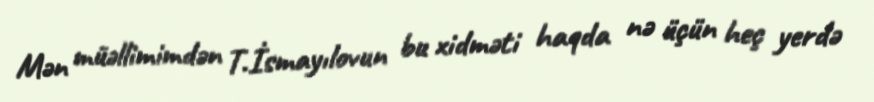
Mən müəllimimdən T.İsmayılovun bu xidməti haqda nə üçün heç yerdə